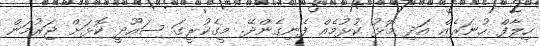
ހިލާފް ހުނަރެއް އަދި މޮޅު ކުޅުމެއް ފެނިގެންދޭ. މީގެކުރީގަ ސައޫދީ ކޮޅަށް ޖަރުމަން